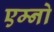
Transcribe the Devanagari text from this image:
एम्नो